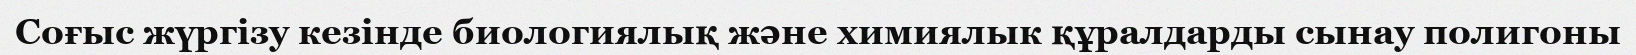
Соғыс жүргізу кезінде биологиялық және химиялык құралдарды сынау полигоны